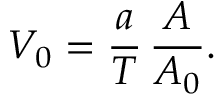
V _ { 0 } = \frac { a } { T } \, \frac { A } { A _ { 0 } } .